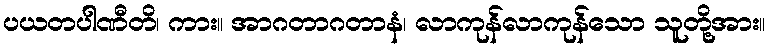
ပယတပါဏီတိ၊ ကား။ အာဂတာဂတာနံ၊ လာကုန်လာကုန်သော သူတို့အား။